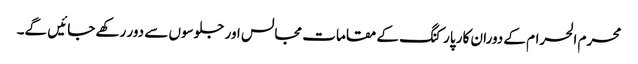
محرم الحرام کے دوران کار پارکنگ کے مقامات مجالس اور جلوسوں سے دور رکھے جائیں گے۔